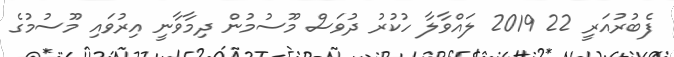
ފެބުރުއަރީ 22 2019 ލައްވާލާ ހުކުރު ދުވަސް މޫސުމުން ދިމާވާނީ އިރުވައި މޫސުމުގެ